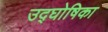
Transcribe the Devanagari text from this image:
उद्‌घोषिका